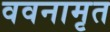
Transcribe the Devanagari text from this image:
ववनामृत